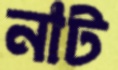
নাট